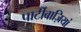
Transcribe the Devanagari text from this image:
पार्टीबाज़ियां